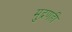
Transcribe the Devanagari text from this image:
मुद्रणही